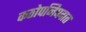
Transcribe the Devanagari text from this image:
कठोपनिषदात